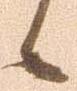
候